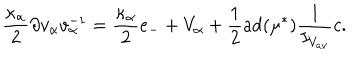
\frac { \kappa _ { \alpha } } { 2 } \partial v _ { \alpha } v _ { \alpha } ^ { - 1 } = \frac { \kappa _ { \alpha } } { 2 } e _ { - } + V _ { \alpha } + \frac { 1 } { 2 } \mathrm { a d } ( \mu ^ { * } ) \frac { 1 } { I _ { V _ { a v } } } c .